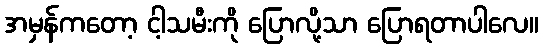
အမှန်ကတော့ ငါ့သမီးကို ပြောလို့သာ ပြောရတာပါလေ။